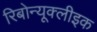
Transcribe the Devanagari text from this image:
रिबोन्यूक्लीइक